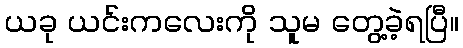
ယခု ယင်းကလေးကို သူမ တွေ့ခဲ့ရပြီ။